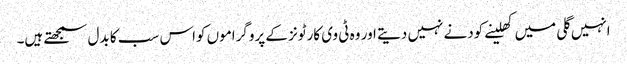
انہیں گلی میں کھلینے کودنے نہیں دیتے اور وہ ٹی وی کارٹونز کے پروگراموں کواس سب کا بدل سمجھتے ہیں۔